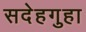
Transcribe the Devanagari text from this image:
सदेहगुहा